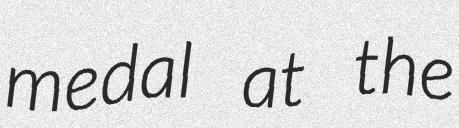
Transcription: medal at the